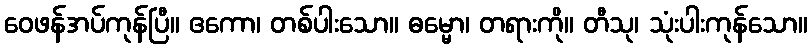
ဝေဖန်အပ်ကုန်ပြီ။ ဧကော၊ တစ်ပါးသော။ ဓမ္မော၊ တရားကို။ တီသု၊ သုံးပါးကုန်သော။